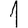
Digit: 1